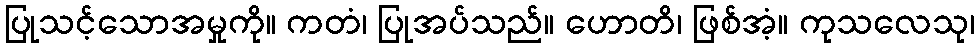
ပြုသင့်သောအမှုကို။ ကတံ၊ ပြုအပ်သည်။ ဟောတိ၊ ဖြစ်အံ့။ ကုသလေသု၊